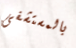
بالمستشفى